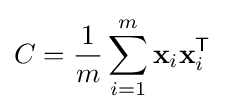
C={\frac {1}{m}}\sum _{i=1}^{m}{\mathbf {x} _{i}\mathbf {x} _{i}^{\mathsf {T}}}